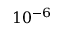
1 0 ^ { - 6 }